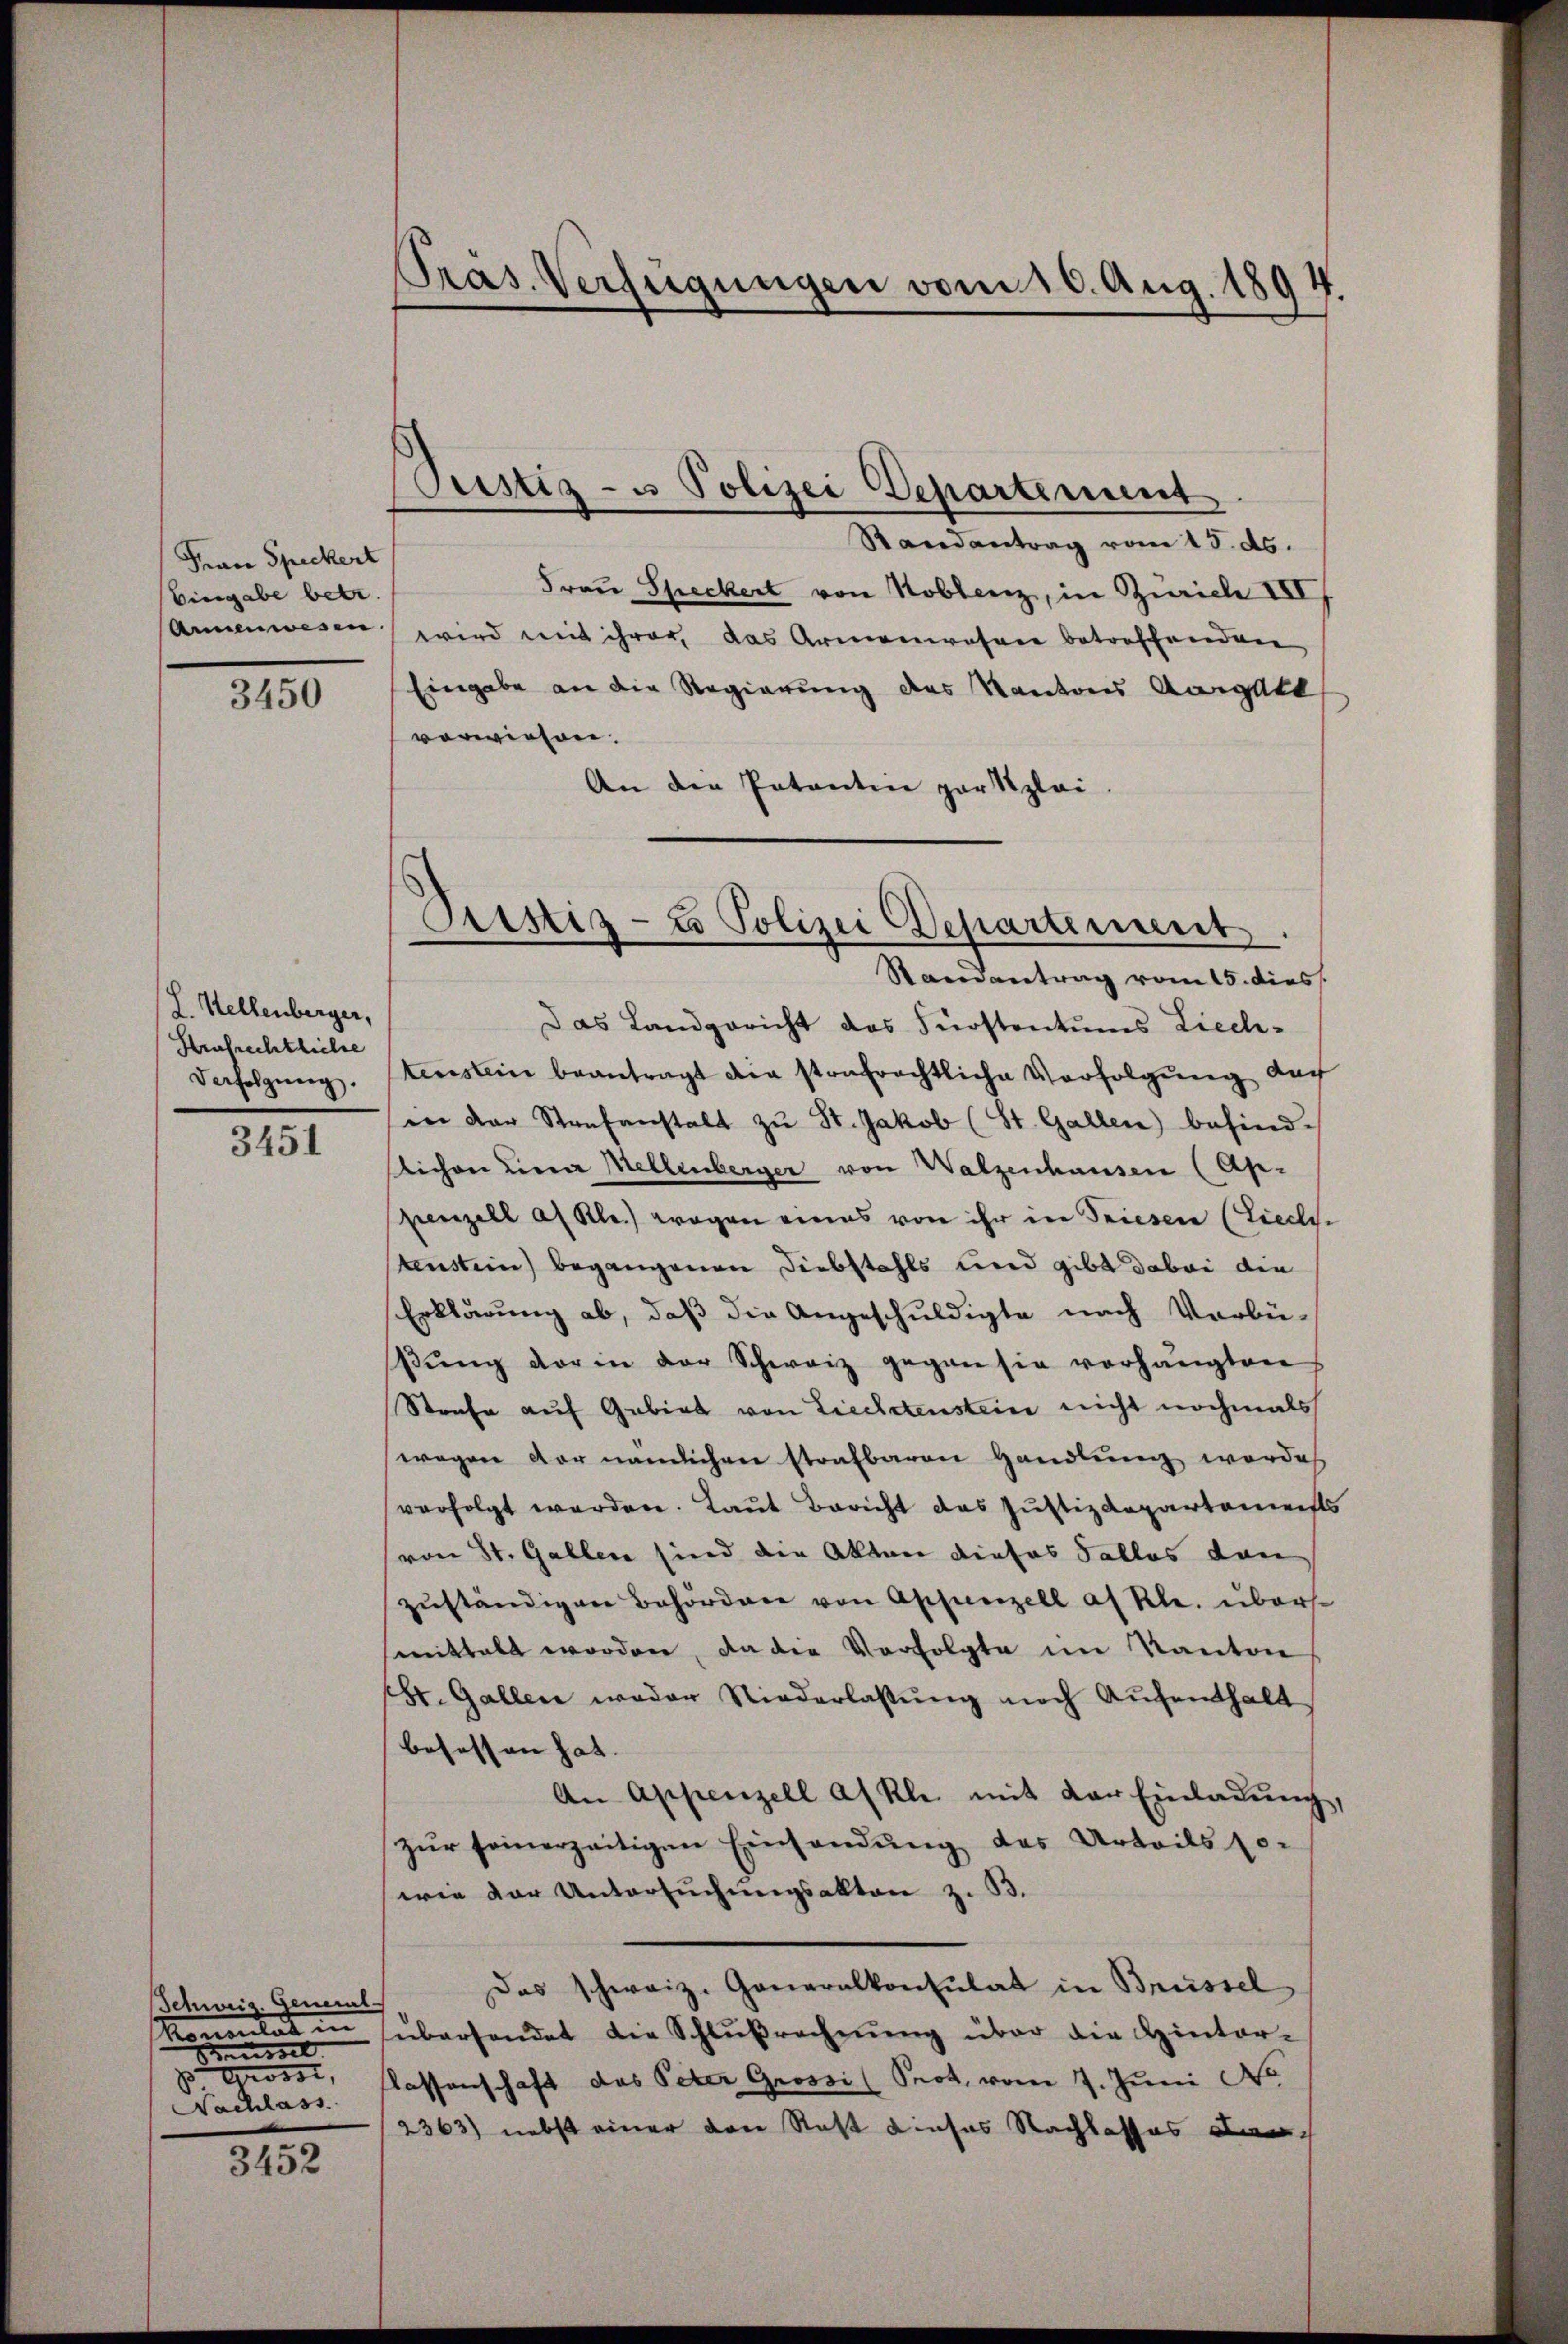
Frau Speckert
Eingabe betr.
Annenwesen

3450

L. Stellenberger,
Aufrechtliche
Verfolgung.

3451

Schweiz. Gemeinl
Komentat in
Saussel
Anosse,
Nachlass

3452

Präs. Verfügungen vom 10. Aug. 1894.

Custiz- u Polizei Departement

Randantrag vom 15. ds.
Frau Speckert von Koblenz, in Zürich III
wird mit ihrer das Armenwesen betreffenden
Eingabe an die Regierung des Kantons Aargatt
verwiesen.
An der Patenten par Klei
Das Landgericht des Fürstentums Liech-
tenstein beantragt die strafrechtliche Verfolgung der
in der Staafanstalt zŭ St. Jakob (St. Gallen) besind.
slichen Lina Mellenberger von Walzenhausen (Ap-
penzell an Kle.) wegen eines von ihr in Triesen (Liechtenstein) begangenen Diebstahls und gibt dabei die
Erklärung ab, daß die Angeschuldigte nach Vorbü-
sŭng der in der Schweiz gegen sie vorhängten
Strafe auf Gubias von Liechetenstein nicht nochmals
wegen vor nämlichen strafbaren Handlung werde
verfolgt werden. Laut Bericht das Justizdepartement
von St. Gallen sind die Akten dieses Falles dan
zuständigen Behördere von Appenzell af Kl. überse
mittelt worden, da die Verfolgte im Kanton
St. Gallen weder Niederlassŭng nach Aufenthalt
besassen hat. |
An Appenzell alle mit der Einladŭng
zur seinerzeitigen Einsendung des Urteils so-
wie der Untersuchungsakten z. B.
Das schweiz. Generalkonsulat in Brüssel
übersendet die Schlŭβrechnŭng über die Hinter-
lassenschaft das Peter Grossi Prot, vom 7. Juni d
2363) nebst einer den Rest dieses Nachlasses Lan¬

Pristiz- u Polizei Departement.
Randantrag vom 15. dies